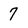
Character: 7